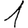
Digit: 1